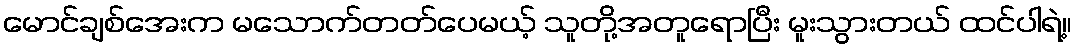
မောင်ချစ်အေးက မသောက်တတ်ပေမယ့် သူတို့အတူရောပြီး မူးသွားတယ် ထင်ပါရဲ့။